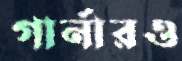
গার্নারও